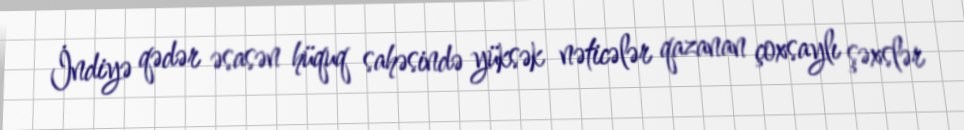
İndiyə qədər əsasən hüquq sahəsində yüksək nəticələr qazanan çoxsaylı şəxslər